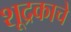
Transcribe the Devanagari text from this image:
शूद्रकाचे